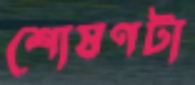
শোষণটা